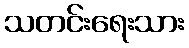
သတင်းရေးသား